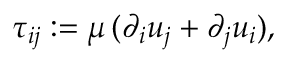
\tau _ { i j } : = \mu \, ( \partial _ { i } u _ { j } + \partial _ { j } u _ { i } ) ,